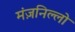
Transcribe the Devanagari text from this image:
मंज़निल्लो